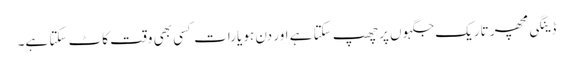
ڈینگی مچھر تاریک جگہوں پر چھپ سکتا ہے اور دن ہو یارات کسی بھی وقت کاٹ سکتا ہے۔